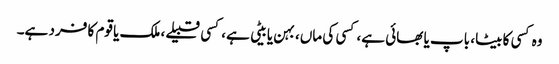
وہ کسی کا بیٹا، باپ یا بھائی ہے، کسی کی ماں، بہن یا بیٹی ہے، کسی قبیلے، ملک یا قوم کا فرد ہے۔